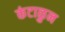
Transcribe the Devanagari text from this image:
कंटाळुन